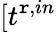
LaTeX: [t^{\mathtt{r},in}